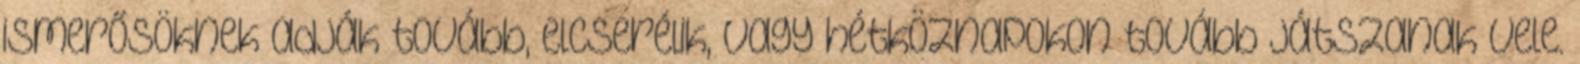
ismerősöknek adják tovább, elcserélik, vagy hétköznapokon tovább játszanak vele.